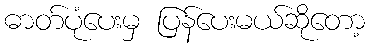
ဓာတ်ပုံပေးမှ ပြန်ပေးမယ်ဆိုတော့